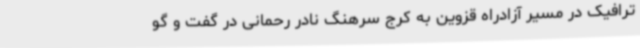
ترافیک در مسیر آزادراه قزوین به کرج سرهنگ نادر رحمانی در گفت و گو